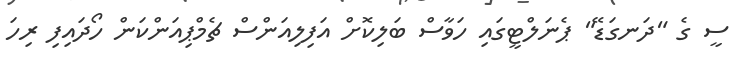
ސީ ގެ "ދަނގަޑޭ" ޕެނަލްޓީގައި ހަވާސް ބަލިކޮށް އަފިލިއަންސް ޗެމްޕިއަންކަން ހޯދައިފި ރިހަ